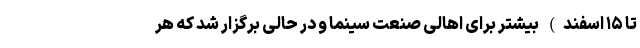
تا ۱۵ اسفند) بیشتر برای اهالی صنعت سینما و در حالی برگزار شد که هر